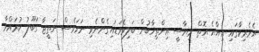
އެމެރިކާގައި އިއްޔެ އޮތް ރިޔާސީ އިންތިޚާބުން ބަލިވެވަޑައިގެންނެވި ނަމަވެސް ނަތީޖާ ގަބޫލު ކުރައްވާ